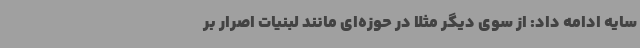
سایه ادامه داد: از سوی دیگر مثلا در حوزه‌ای مانند لبنیات اصرار بر